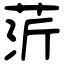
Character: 䓅